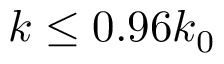
k \le 0 . 9 6 k _ { 0 }